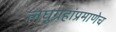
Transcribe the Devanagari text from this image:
लघुग्रहांप्रमाणेच